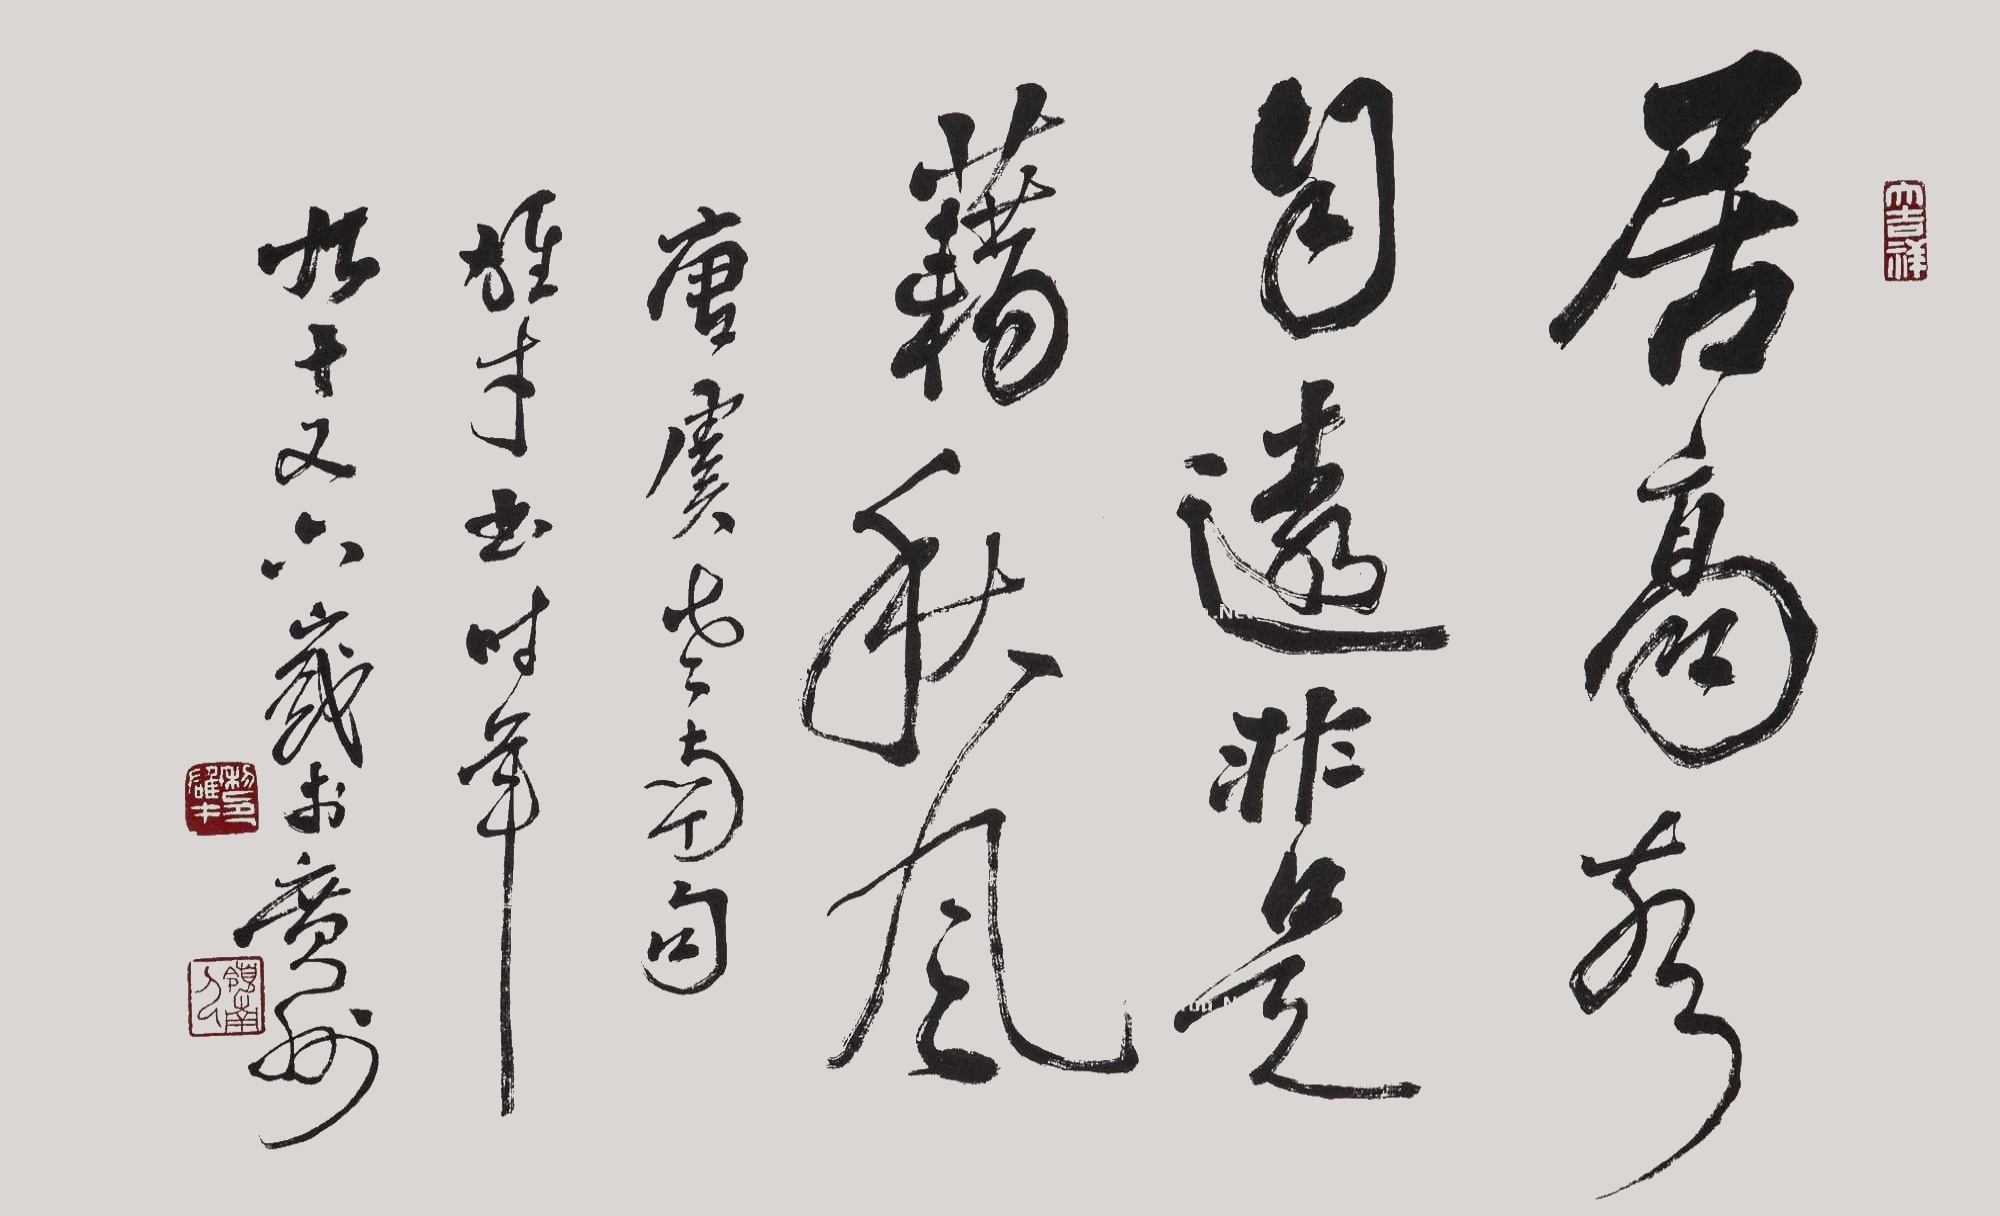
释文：居高声自远，非是藉秋风。唐虞世南句，雄才书，时年九十又六岁于广州。